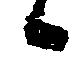
候